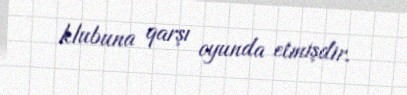
klubuna qarşı oyunda etmişdir.